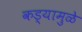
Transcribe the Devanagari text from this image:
कड्यामुळे